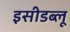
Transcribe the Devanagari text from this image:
इसीडब्लू